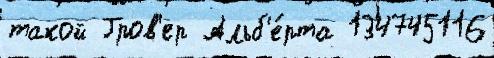
такой Гров'ер Альб'е́рта 134745116